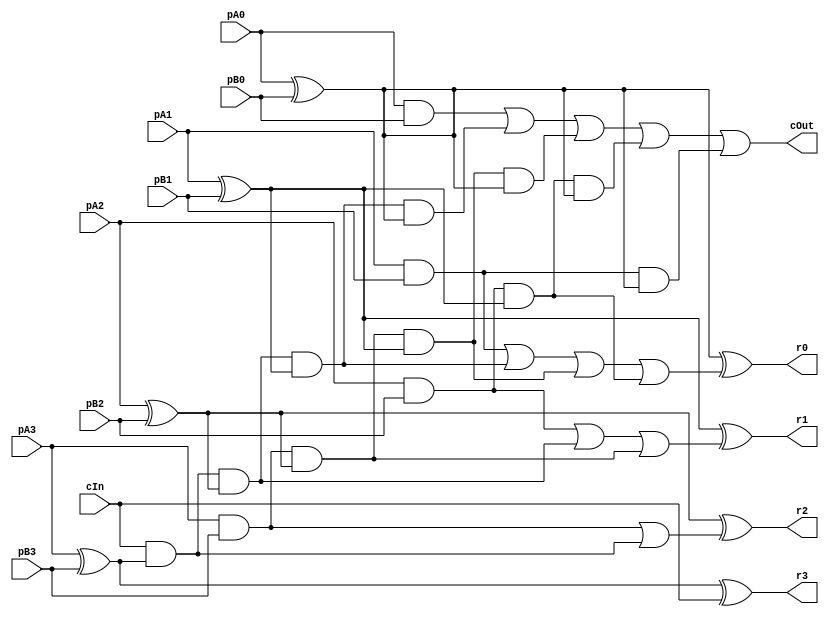
module CCarryLookaheadBlock_4_4_4_InOutT(pA3,pA2,pA1,pA0, pB3,pB2,pB1,pB0, r3,r2,r1,r0, cIn, cOut);

input pA3,pA2,pA1,pA0, pB3,pB2,pB1,pB0, cIn;
output r3,r2,r1,r0, cOut;
wire w1, w2, w3, w4, w5, w6, w7, w8, w9, w10, w11, w12, w13, w14, w15, w16, w17, w18, w19, w20, w21, w22, w23, w24, w25, w26, w27, w28, w29, w30, w31, w32, w33, w34, w35, w36, w37,r4294967295, r4294967295;

assign w1 = pA3;
assign w2 = pA2;
assign w3 = pA1;
assign w4 = pA0;
assign w5 = pB3;
assign w6 = pB2;
assign w7 = pB1;
assign w8 = pB0;
assign r3 = w9;
assign r2 = w10;
assign r1 = w11;
assign r0 = w12;
assign r4294967295 = w13;
assign w14 = cIn;
assign cOut = w13;

assign w16 = w1 ^ w5;
assign w20 = w1 & w5;
assign w17 = w2 ^ w6;
assign w21 = w2 & w6;
assign w18 = w3 ^ w7;
assign w22 = w3 & w7;
assign w19 = w4 ^ w8;
assign w23 = w4 & w8;
assign w28 = w14 & w16;
assign w29 = w14 & w16 & w17;
assign w30 = w20 & w17;
assign w31 = w14 & w16 & w17 & w18;
assign w32 = w20 & w17 & w18;
assign w33 = w21 & w18;
assign w34 = w14 & w16 & w17 & w18 & w19;
assign w35 = w20 & w17 & w18 & w19;
assign w36 = w21 & w18 & w19;
assign w37 = w22 & w19;
assign w24 = w20 | w28;
assign w25 = w21 | w29 | w30;
assign w26 = w22 | w31 | w32 | w33;
assign w27 = w23 | w34 | w35 | w36 | w37;
assign w9 = w16 ^ w14;
assign w10 = w17 ^ w24;
assign w11 = w18 ^ w25;
assign w12 = w19 ^ w26;
assign w13 = w27;

endmodule